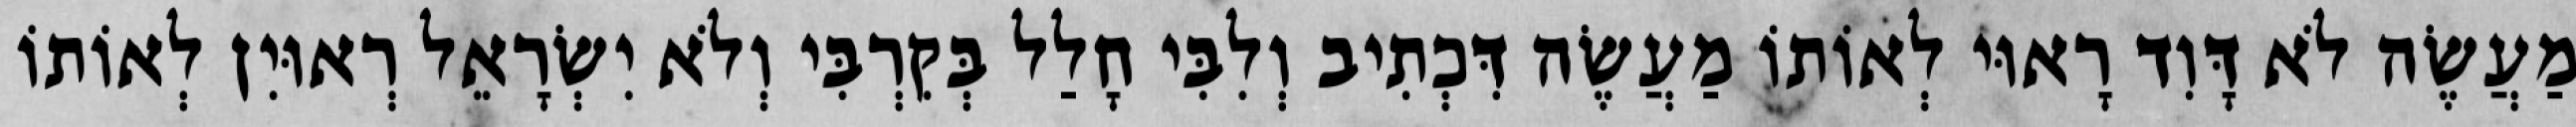
מַעֲשֶׂה לֹא דָּוִד רָאוּי לְאוֹתוֹ מַעֲשֶׂה דִּכְתִיב וְלִבִּי חָלַל בְּקִרְבִּי וְלֹא יִשְׂרָאֵל רְאוּיִן לְאוֹתוֹ